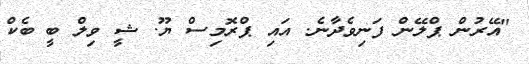
"އޭރުން ޕްލޭން ފަނިވެދާނެ. އައި ޕްރޮމިސް ޔޫ. ޝީ ވިލް ބީ ބެކް